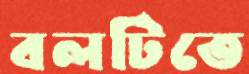
বলটিতে